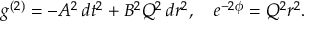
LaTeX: g ^ { ( 2 ) } = - A ^ { 2 } \, d t ^ { 2 } + B ^ { 2 } Q ^ { 2 } \, d r ^ { 2 } , \quad e ^ { - 2 \phi } = Q ^ { 2 } r ^ { 2 } .